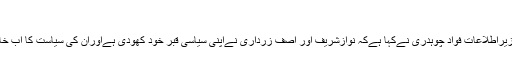
فواد چوہدری
لاہور:وفاقی وزیراطلاعات فواد چوہدری نےکہا ہےکہ نوازشریف اور آصف زرداری نےاپنی سیاسی قبر خود کھودی ہےاوران کی سیاست کا اب خاتمہ ہوچکاہے۔